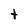
Character: t